Annual administration report of the Civil Veterinary Department of India - 1909-1910
Year: 1909
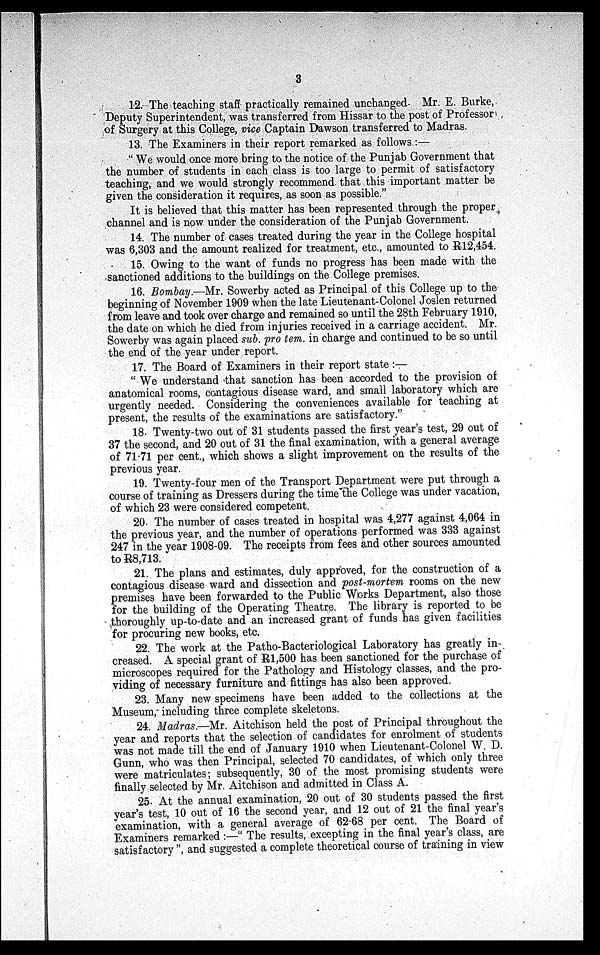
3
12. The teaching staff practically remained unchanged. Mr. E. Burke,
Deputy Superintendent, was transferred from Hissar to the post of Professor
of Surgery at this College, vice Captain Dawson transferred to Madras.
13. The Examiners in their report remarked as follows:—
"We would once more bring to the notice of the Punjab Government that
the number of students in each class is too large to permit of satisfactory
teaching, and we would strongly recommend that this important matter be
given the consideration it requires, as soon as possible."
It is believed that this matter has been represented through the proper
channel and is now under the consideration of the Punjab Government.
14. The number of cases treated during the year in the College hospital
was 6,303 and the amount realized for treatment, etc., amounted to R12,454.
15. Owing to the want of funds no progress has been made with the
sanctioned additions to the buildings on the College premises.
16. Bombay.—Mr. Sowerby acted as Principal of this College up to the
beginning of November 1909 when the late Lieutenant-Colonel Joslen returned
from leave and took over charge and remained so until the 28th February 1910,
the date on which he died from injuries received in a carriage accident. Mr.
Sowerby was again placed sub. pro tem. in charge and continued to be so until
the end of the year under report.
17. The Board of Examiners in their report state:—
"We understand that sanction has been accorded to the provision of
anatomical rooms, contagious disease ward, and small laboratory which are
urgently needed. Considering the conveniences available for teaching at
present, the results of the examinations are satisfactory."
18. Twenty-two out of 31 students passed the first year's test, 29 out of
37 the second, and 20 out of 31 the final examination, with a general average
of 71.71 per cent., which shows a slight improvement on the results of the
previous year.
19. Twenty-four men of the Transport Department were put through a
course of training as Dressers during the time the College was under vacation,
of which 23 were considered competent.
20. The number of cases treated in hospital was 4,277 against 4,064 in
the previous year, and the number of operations performed was 333 against
247 in the year 1908-09. The receipts from fees and other sources amounted
to R8,713.
21. The plans and estimates, duly approved, for the construction of a
contagious disease ward and dissection and post-mortem rooms on the new
premises have been forwarded to the Public Works Department, also those
for the building of the Operating Theatre. The library is reported to be
thoroughly up-to-date and an increased grant of funds has given facilities
for procuring new books, etc.
22. The work at the Patho-Bacteriological Laboratory has greatly in-
creased. A special grant of R1,500 has been sanctioned for the purchase of
microscopes required for the Pathology and Histology classes, and the pro-
viding of necessary furniture and fittings has also been approved.
23. Many new specimens have been added to the collections at the
Museum, including three complete skeletons.
24. Madras.—Mr. Aitchison held the post of Principal throughout the
year and reports that the selection of candidates for enrolment of students
was not made till the end of January 1910 when Lieutenant-Colonel W. D.
Gunn, who was then Principal, selected 70 candidates, of which only three
were matriculates; subsequently, 30 of the most promising students were
finally selected by Mr. Aitchison and admitted in Class A.
25. At the annual examination, 20 out of 30 students passed the first
year's test, 10 out of 16 the second year, and 12 out of 21 the final year's
examination, with a general average of 62.68 per cent. The Board of
Examiners remarked:—"The results, excepting in the final year's class, are
satisfactory", and suggested a complete theoretical course of training in view